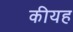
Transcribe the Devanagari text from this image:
कीयह